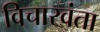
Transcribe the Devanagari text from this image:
विचारवंता